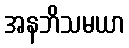
အနဘိသမယာ